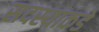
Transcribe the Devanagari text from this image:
सदस्याकडे